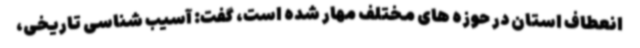
انعطاف استان در حوزه های مختلف مهار شده است، گفت: آسیب شناسی تاریخی،